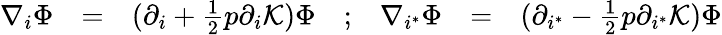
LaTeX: \begin{array}{ccccccc}{{\nabla_{i}\Phi}}&{{=}}&{{(\partial_{i}+{\frac{1}{2}}p\partial_{i}{\cal K})\Phi}}&{{;}}&{{\nabla_{i^{*}}\Phi}}&{{=}}&{{(\partial_{i^{*}}-{\frac{1}{2}}p\partial_{i^{*}}{\cal K})\Phi}}\end{array}